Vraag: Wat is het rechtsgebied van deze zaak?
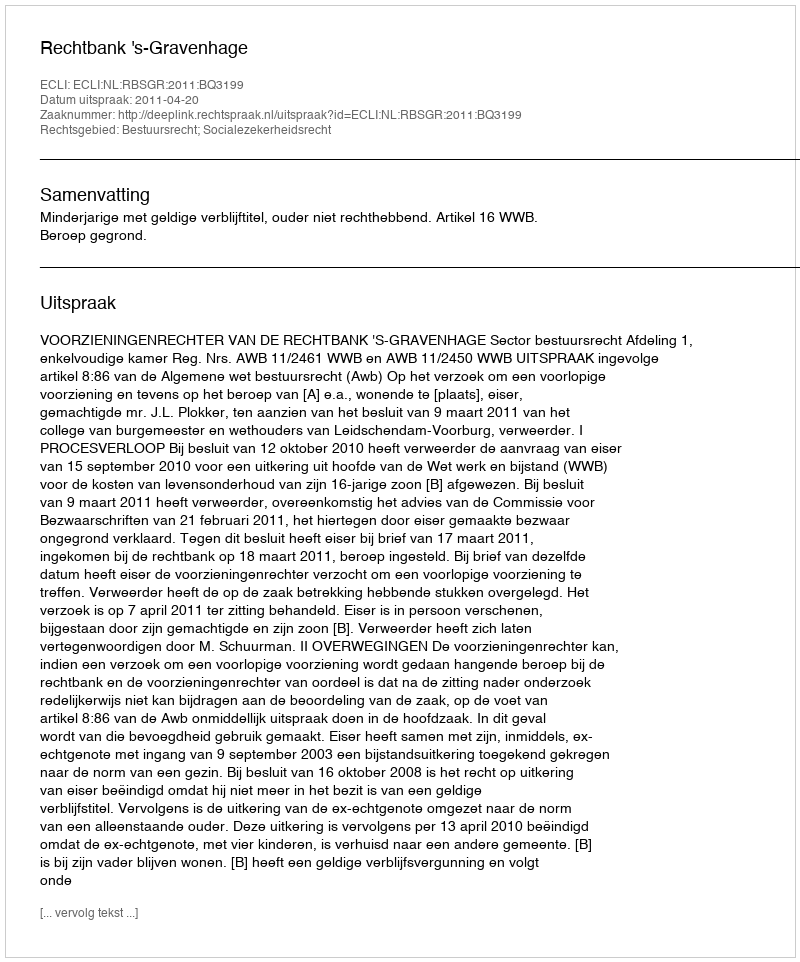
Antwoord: Bestuursrecht; Socialezekerheidsrecht